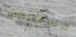
فستموت